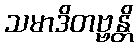
သမာဒိတဗ္ဗန္တိ